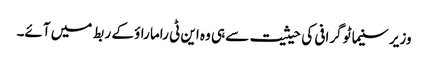
وزیر سنیما ٹو گرافی کی حیثیت سے ہی وہ این ٹی راما راؤ کے ربط میں آئے۔